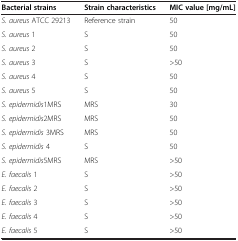
| Bacterial strains | Strain characteristics | MIC value [mg/mL] |
 | --- | --- | --- |
 | S. aureus ATCC 29213 | Reference strain | 50 |
 | S. aureus 1 | S | 50 |
 | S. aureus 2 | S | 50 |
 | S. aureus 3 | S | >50 |
 | S. aureus 4 | S | 50 |
 | S. aureus 5 | S | 50 |
 | S. epidermidis1MRS | MRS | 30 |
 | S. epidermidis2MRS | MRS | 50 |
 | S. epidermidis 3MRS | MRS | 50 |
 | S. epidermidis 4 | S | 50 |
 | S. epidermidis5MRS | MRS | >50 |
 | E. faecalis 1 | S | >50 |
 | E. faecalis 2 | S | >50 |
 | E. faecalis 3 | S | >50 |
 | E. faecalis 4 | S | >50 |
 | E. faecalis 5 | S | >50 |